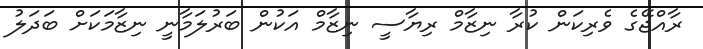
ރާއްޖޭގެ ވެރިކަން ކުރާ ނިޒާމް ރިޔާސީ ނިޒާމް އަކުން ބަރުލަމާނީ ނިޒާމަކަށް ބަދަަލު